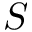
S